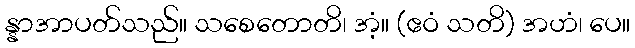
န္နာအာပတ်သည်။ သစေတောတိ၊ အံ့။ (ဧဝံ သတိ) အဟံ၊ ပေ။